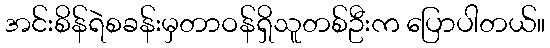
အင်းစိန်ရဲစခန်းမှတာဝန်ရှိသူတစ်ဦးက ပြောပါတယ်။